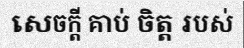
សេចក្តី គាប់ ចិត្ត របស់